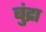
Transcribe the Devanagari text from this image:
बुंद्रा